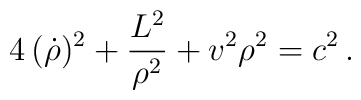
4\,(\dot\rho)^2 + \frac{L^2}{\rho^2} + v^2 \rho^2 = c^2\, .